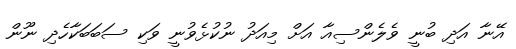
އޭނާ އަދި ބުނީ ވެލެންސިއާ އަށް މިއަދު ނުކުޅެވުނީ ވަކި ސަބަބަކާހެދި ނޫން